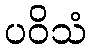
ပဝိသံ